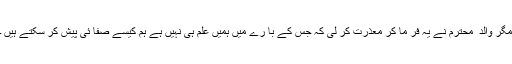
مگر والد ِ محترم نے یہ فر ما کر معذرت کر لی کہ جس کے با رے میں ہمیں علم ہی نہیں ہے ہم کیسے صفا ئی پیش کر سکتے ہیں ۔